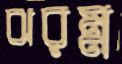
ঝরম্ন